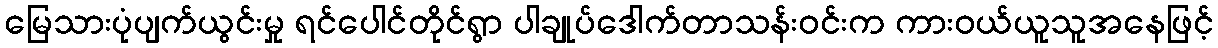
မြေသားပုံပျက်ယွင်းမှု ရင်ပေါင်တိုင်ရွာ ပါချုပ်ဒေါက်တာသန်းဝင်းက ကားဝယ်ယူသူအနေဖြင့်